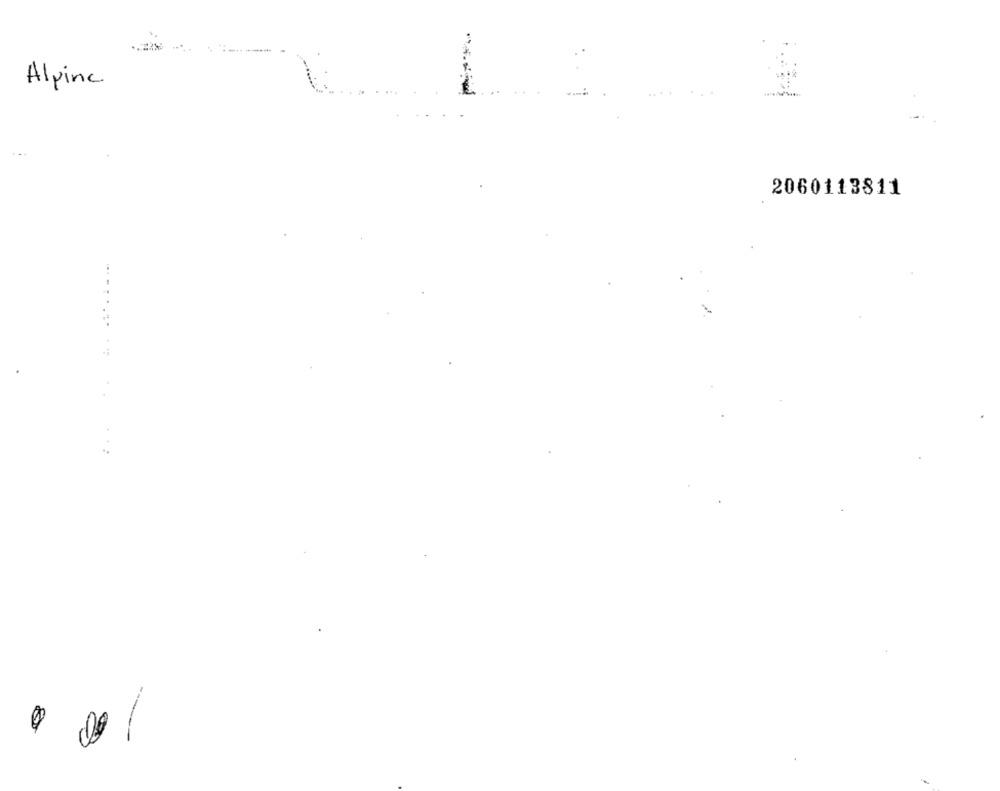
Alpine
2060113811
---